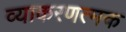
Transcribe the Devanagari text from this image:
व्याकरणत्मक